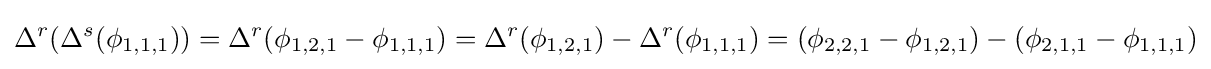
\Delta ^{r}(\Delta ^{s}(\phi _{1,1,1}))=\Delta ^{r}(\phi _{1,2,1}-\phi _{1,1,1})=\Delta ^{r}(\phi _{1,2,1})-\Delta ^{r}(\phi _{1,1,1})=(\phi _{2,2,1}-\phi _{1,2,1})-(\phi _{2,1,1}-\phi _{1,1,1})